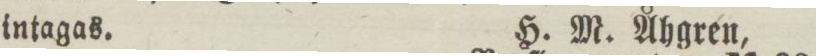
intagas.    H. M. Åhgren,